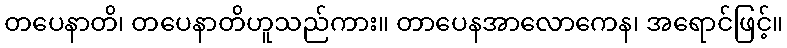
တပေနာတိ၊ တပေနာတိဟူသည်ကား။ တာပေနအာလောကေန၊ အရောင်ဖြင့်။